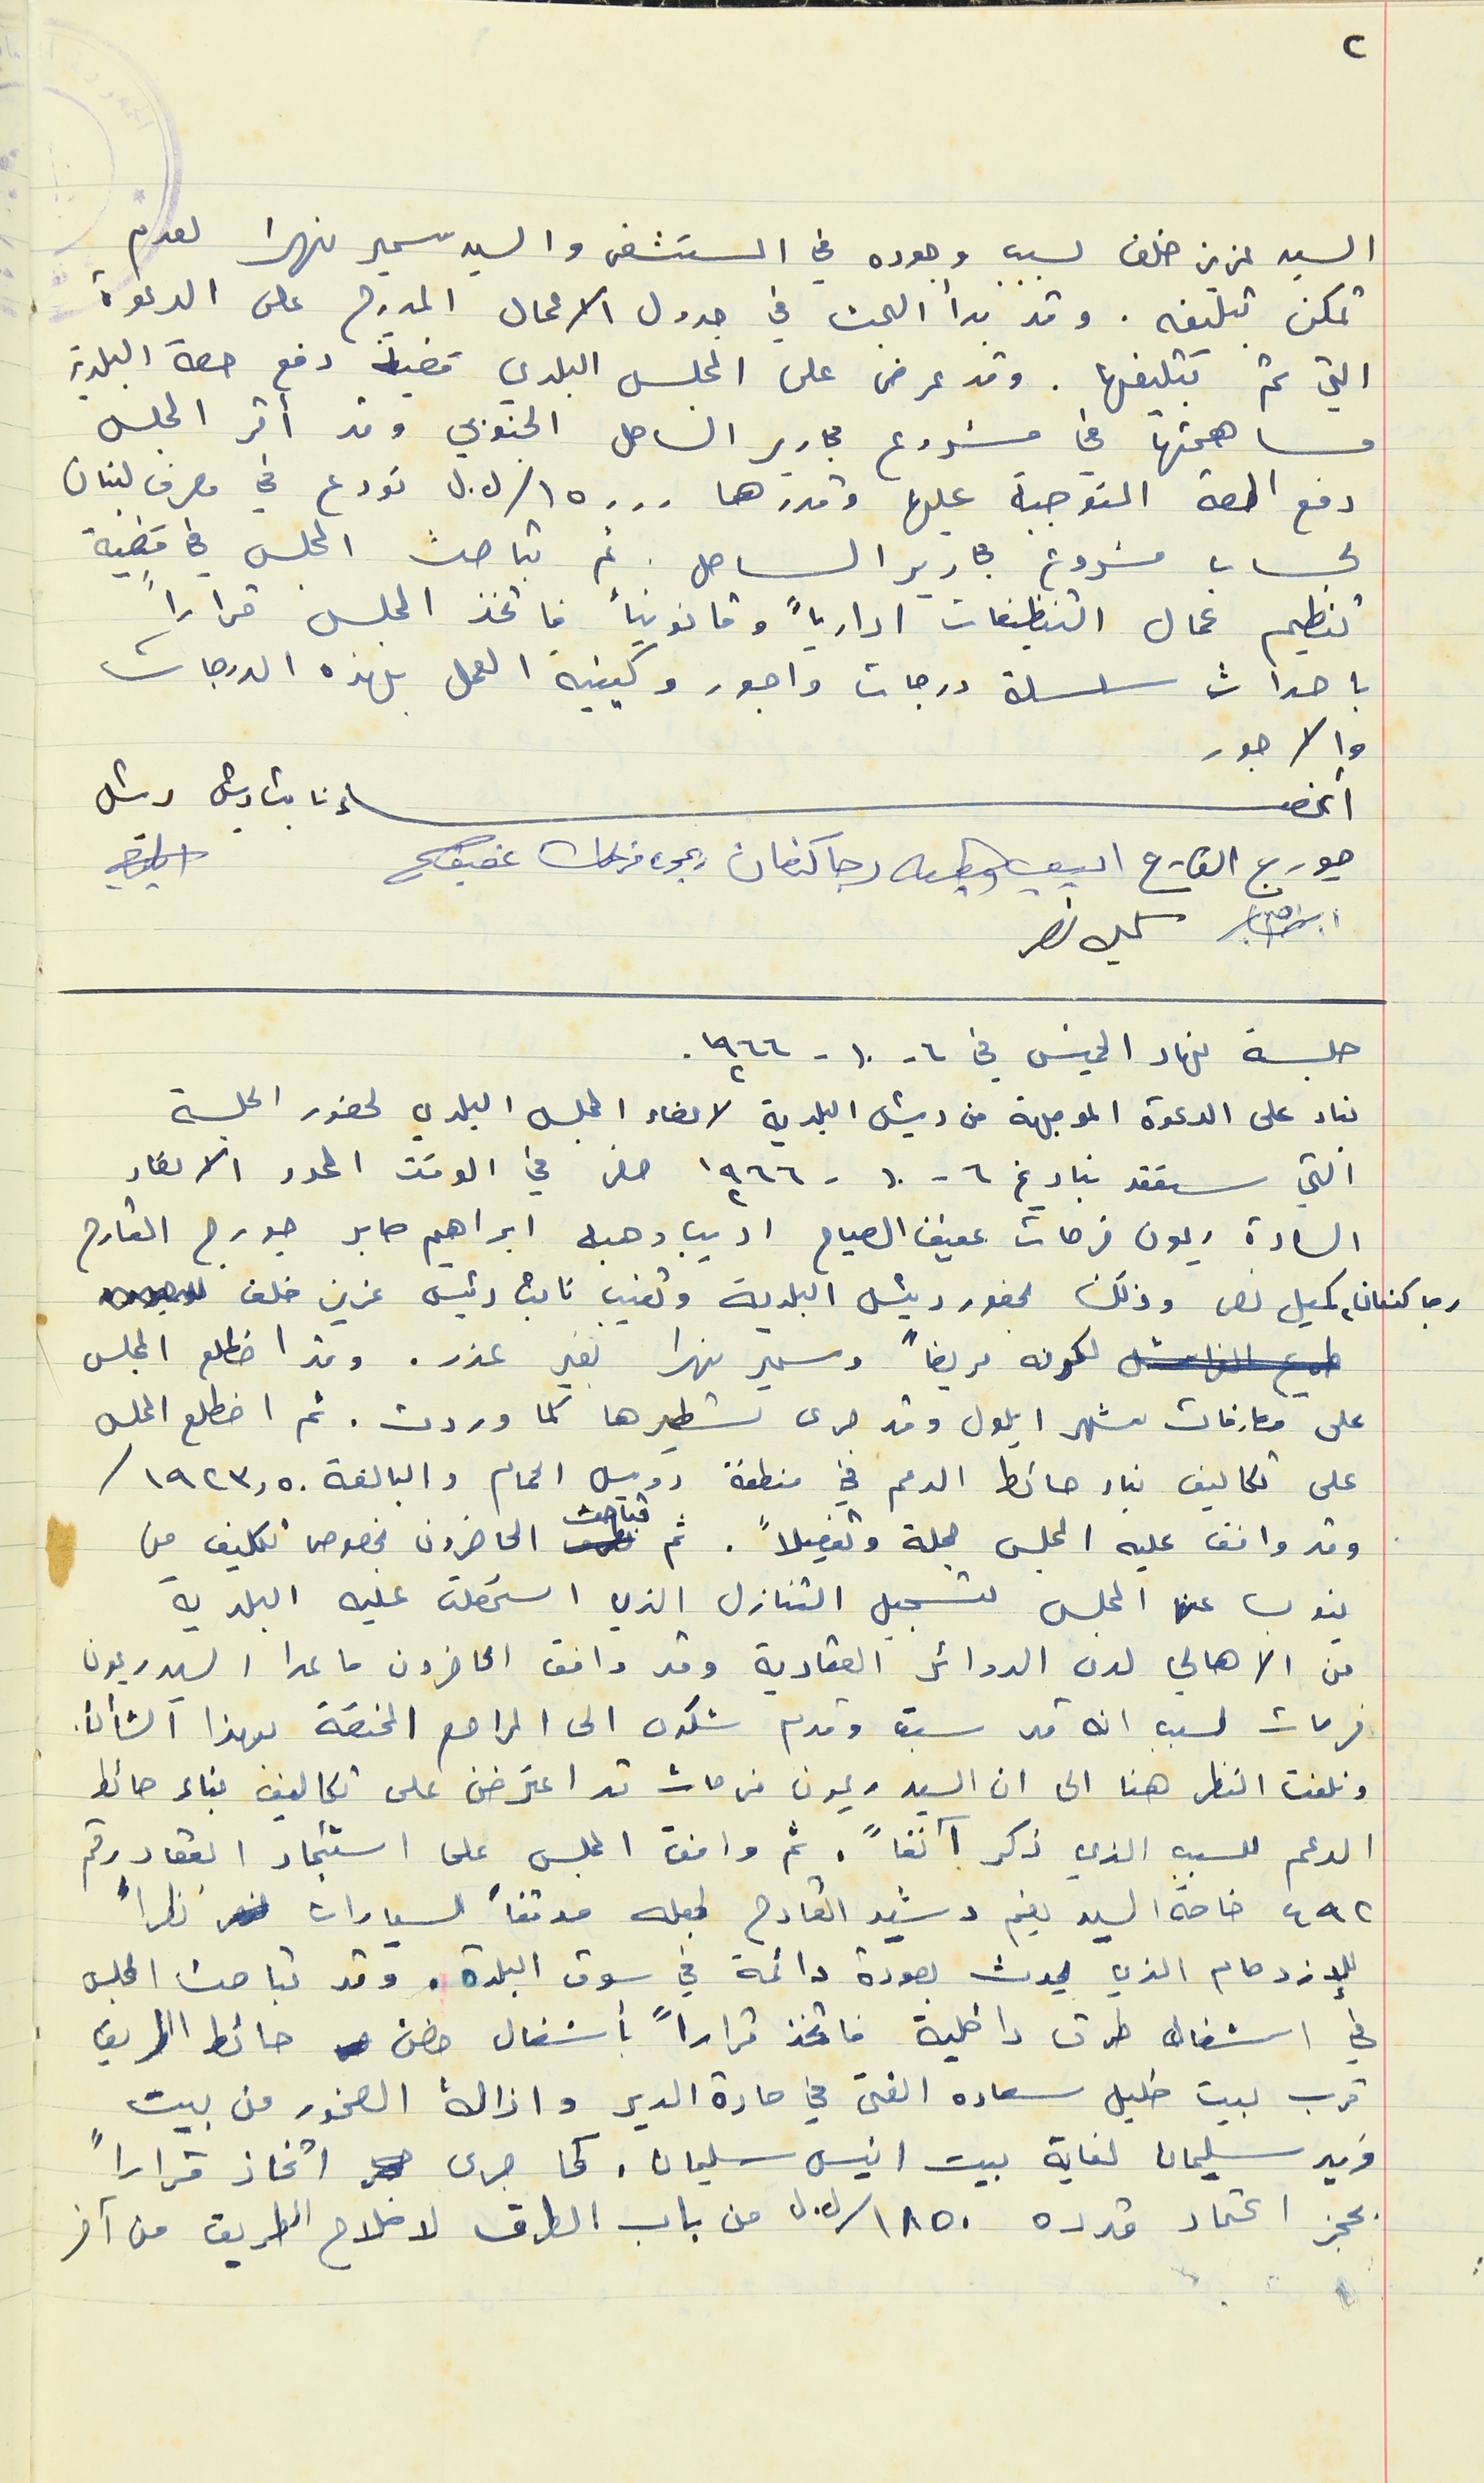
السيد عزيز خلف لسبب وجوده في المستشفى والسيد سمير نهرا لعدم
التي تم تبليغها. وقد عرض على المجلس البلدي قضية دفع حصة البلدية
 مساهمتها في مشروع مجارير الساحل الجنوبي وقد اقر المجلس
 دفع الحصة المتوجبة عليها وقدرها ١٥٠٠٠/ ل.ل تودع في مصرف لبنان
تنظيم عمال التنظيفات ادارياً وقانونياً فاتخذ المجلس قراراً
باحداث سلسلة درجات واجور وكيفية العمل بهذه الدرجات
والاجور
 أعضاء نائب رئيس رئيس
جورج القارح اديب وهبه رجا كنعان ريمون فرحات عفيف
جلسة نهار الخميس في ٦- ١٠ - ١٩٦٦.
بناء على الدعوة الموجهة من رئيس البلدية لاعضاء المجلس البلدي لحضور الجلسة
 التي ستعقد بتاريخ ٦- ١٠ - ١٩٦٦ حضر في الوقت المحدد الاعضاء
السادة ريمون فرحات عفيف الصياح اديب وهبه ابراهيم صابر جورج القارح
رجا كنعان، كميل نصر وذلك بحضور رئيس البلدية وتغيب نائب رئيس عزيز خلف
 لكونه مريضاً وسمير نهرا بغير عذر. وقد اضطلع المجلس
 على مصارفات شهر أيلول وقد جرى تسطيرها كما وردت. ثم اضطلع المحلس
على تكاليف بناء حائط الدعم في منطقة رويس الحمام والبالغة ١٩٢٣,٥٠
 وقد وافق عليه المجلس جملة وتفصيلاً. ثم تباحث الحاضرون بخصوص تكليف من
ينوب عن المجلس لتسجيل التنازل الذي استحصلت عليه البلدية
 من الاهالي لدى الدوائر العقارية وقد وافق الحاضرون ما عدا السيد ريمون
فرحات لسبب انه قد سبق وقدم شكوى الى المراجع المختصة بهذا الشأن.
 ونلفت النظر هنا الى ان السيد ريمون فرحات قد اعترضن على تكاليف بناء حائط
الدعم للسبب الذي ذكر آنفاً. ثم وافق المجلس على استئجار العقار رقم
٤٩٢ خاصة السيد نعيم رشيد القارح لجعله موقفاً للسيارات نظراً
للإزدحام الذي يحدث بصورة دائمة في سوق البلدة . وقد تباحث المجلس
في اشغال طرق داخلية فاتخذ قراراً بأشغال حضن حائط الطريق
 قرب بيت خليل سعاده الفتى في حارة الدير وازالة الصخور من بيت
فريد سليمان لغاية بيت انيس سليمان. كما جرى  اتخاذ قراراً
بحجز اعتماد قدره ١٨٥٠/ ل.ل من باب الطرق لاصلاح الطريق من آخر
تمكن تبليغه. وقد بدأ البحث في جدول الاعمال المدرج على الدعوة
لحساب مشروع مجارير الساحل. ثم تباحث المجلس في قضية
كميل نصر
٢